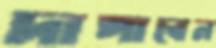
দাপাবেন